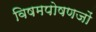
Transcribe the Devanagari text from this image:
विषमपोषणजों